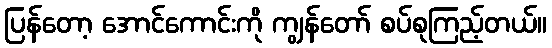
ပြန်တော့ အောင်ကောင်းကို ကျွန်တော် စပ်စုကြည့်တယ်။